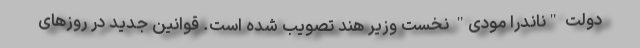
دولت "ناندرا مودی" نخست وزیر هند تصویب شده است. قوانین جدید در روزهای